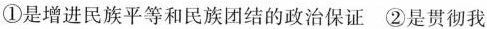
①是增进民族平等和民族团结的政治保证②是贯彻我